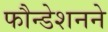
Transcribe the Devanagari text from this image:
फौन्डेशनने